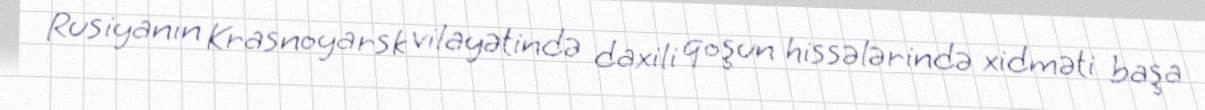
Rusiyanın Krasnoyarsk vilayətində daxili qoşun hissələrində xidməti başa